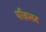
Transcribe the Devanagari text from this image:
परिक्रमज